Scottish Leaving Certificate Examination, 1954
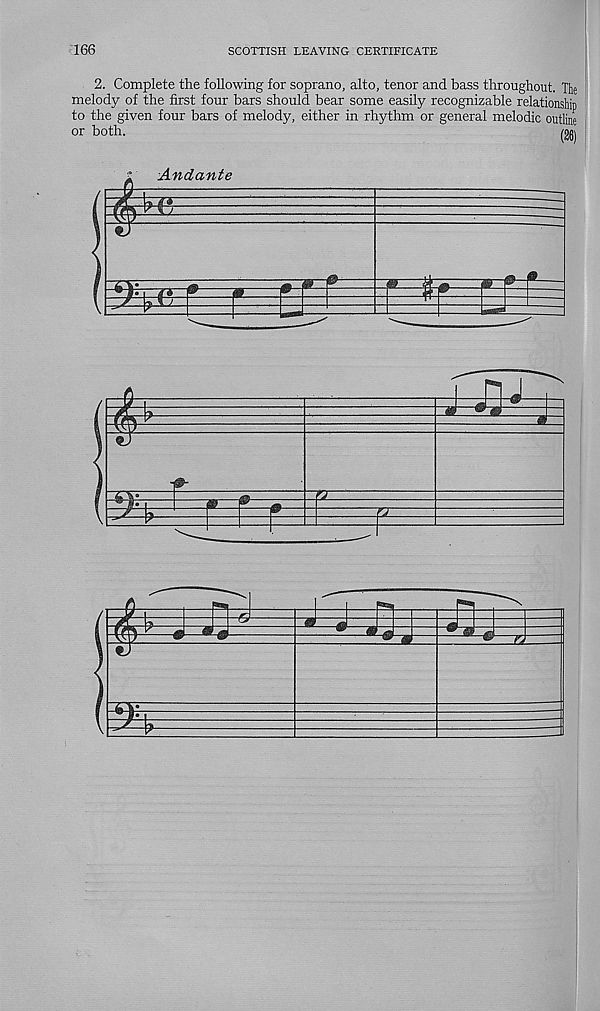
166
SCOTTISH LEAVING CERTIFICATE
2. Complete the following for soprano, alto, tenor and bass throughout. The
melody of the first four bars should bear some easily recognizable relationship
to the given four bars of melody, either in rhythm or general melodic outline
or both.
tm
Andante
EE
m—A
m
*-0
JZ